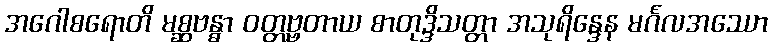
အဂေါစရောတိ မစ္ဆဗန္ဓာ ဝတ္တဗ္ဗတာယ စာတုဒ္ဒိသတ္တာ အသုရိန္ဒေန မင်္ဂလအဿော